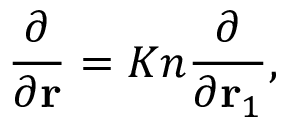
\frac { \partial } { { \partial { \bf { r } } } } = K n \frac { \partial } { { \partial { { \bf { r } } _ { 1 } } } } ,